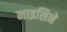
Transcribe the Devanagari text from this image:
नाइसिने